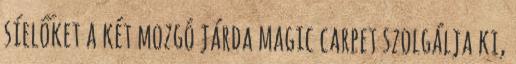
síelőket a két mozgó járda magic carpet szolgálja ki,